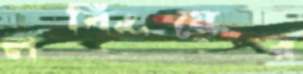
লবিংয়ের